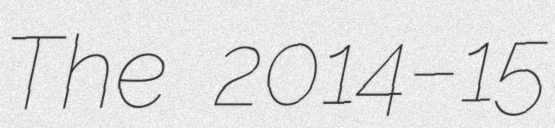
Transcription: The 2014–15